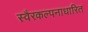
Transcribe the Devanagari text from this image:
स्वैरकल्पनाधारित